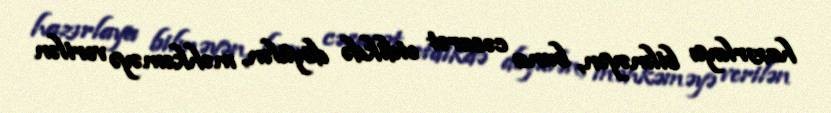
hazırlaya bilməyən, buna cəsarət etdikdə döyülən, məhkəməyə verilən